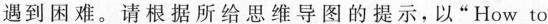
遇到困难。请根据所给思维导图的提示，以“How to